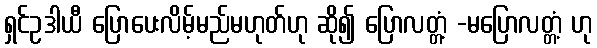
ရှင်ဥဒါယီ ပြောပေးလိမ့်မည်မဟုတ်ဟု ဆို၍ ပြောလတ္တံ့ -မပြောလတ္တံ့ ဟု